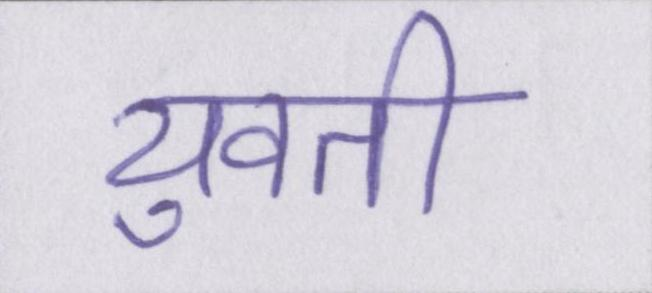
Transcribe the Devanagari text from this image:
युवती